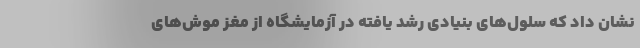
نشان داد که سلول‌های بنیادی رشد یافته در آزمایشگاه از مغز موش‌های